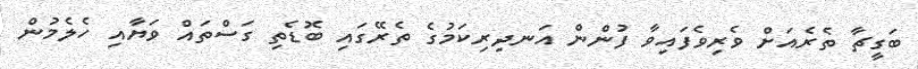
ބަގީޗާ ތެރެއަށް ވެރިވެފައިވާ ފުންން އަނދިރިކަމުގެ ތެރޭގައި ބޮޑެތި ގަސްތައް ވަޔާއި ހެލެމުން